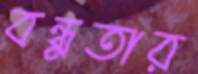
বন্ধুতার